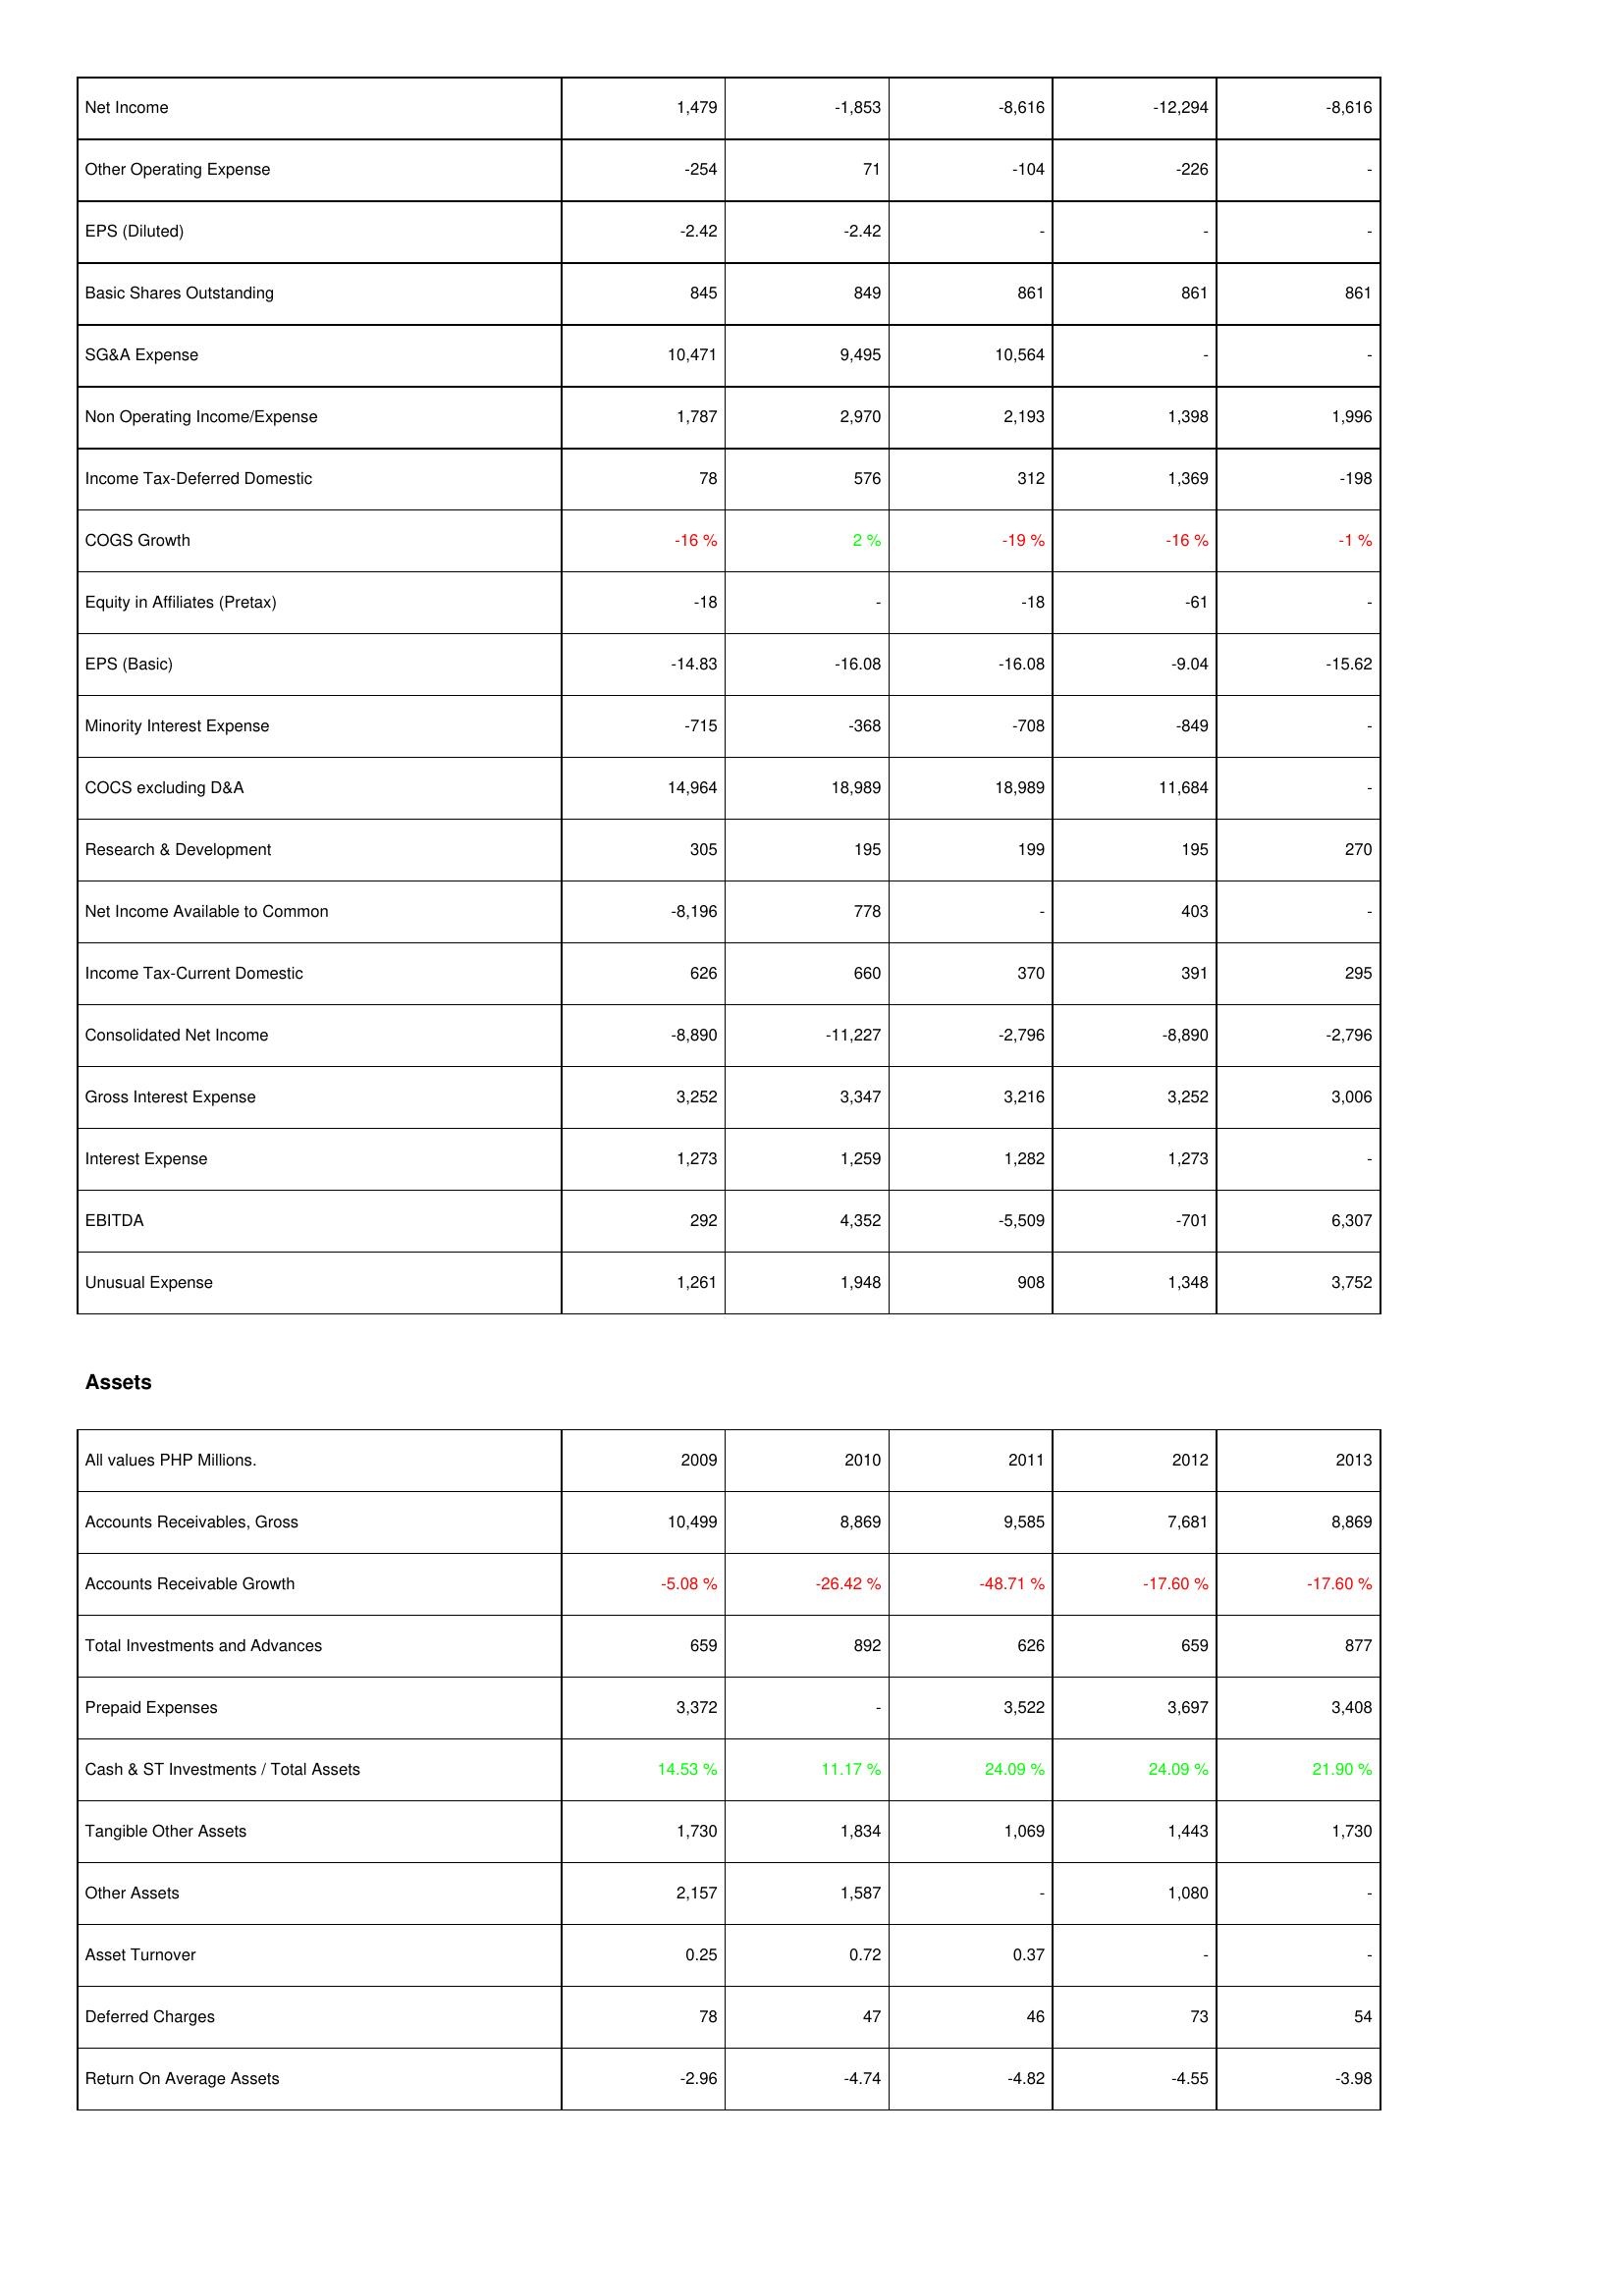
2009: Income Statement: Net Income: 1,479
Other Operating Expense: -254
EPS (Diluted): -2.42
Basic Shares Outstanding: 845
SG&A Expense: 10,471
Non Operating Income/Expense: 1,787
Income Tax-Deferred Domestic: 78
COGS Growth: -16 %
Equity in Affiliates (Pretax): -18
EPS (Basic): -14.83
Minority Interest Expense: -715
COCS excluding D&A: 14,964
Research & Development: 305
Net Income Available to Common: -8,196
Income Tax-Current Domestic: 626
Consolidated Net Income: -8,890
Gross Interest Expense: 3,252
Interest Expense: 1,273
EBITDA: 292
Unusual Expense: 1,261
Assets: Accounts Receivables, Gross: 10,499
Accounts Receivable Growth: -5.08 %
Total Investments and Advances: 659
Prepaid Expenses: 3,372
Cash & ST Investments / Total Assets: 14.53 %
Tangible Other Assets: 1,730
Other Assets: 2,157
Asset Turnover: 0.25
Deferred Charges: 78
Return On Average Assets: -2.96
2010: Income Statement: Net Income: -1,853
Other Operating Expense: 71
EPS (Diluted): -2.42
Basic Shares Outstanding: 849
SG&A Expense: 9,495
Non Operating Income/Expense: 2,970
Income Tax-Deferred Domestic: 576
COGS Growth: 2 %
Equity in Affiliates (Pretax): -
EPS (Basic): -16.08
Minority Interest Expense: -368
COCS excluding D&A: 18,989
Research & Development: 195
Net Income Available to Common: 778
Income Tax-Current Domestic: 660
Consolidated Net Income: -11,227
Gross Interest Expense: 3,347
Interest Expense: 1,259
EBITDA: 4,352
Unusual Expense: 1,948
Assets: Accounts Receivables, Gross: 8,869
Accounts Receivable Growth: -26.42 %
Total Investments and Advances: 892
Prepaid Expenses: -
Cash & ST Investments / Total Assets: 11.17 %
Tangible Other Assets: 1,834
Other Assets: 1,587
Asset Turnover: 0.72
Deferred Charges: 47
Return On Average Assets: -4.74
2011: Income Statement: Net Income: -8,616
Other Operating Expense: -104
EPS (Diluted): -
Basic Shares Outstanding: 861
SG&A Expense: 10,564
Non Operating Income/Expense: 2,193
Income Tax-Deferred Domestic: 312
COGS Growth: -19 %
Equity in Affiliates (Pretax): -18
EPS (Basic): -16.08
Minority Interest Expense: -708
COCS excluding D&A: 18,989
Research & Development: 199
Net Income Available to Common: -
Income Tax-Current Domestic: 370
Consolidated Net Income: -2,796
Gross Interest Expense: 3,216
Interest Expense: 1,282
EBITDA: -5,509
Unusual Expense: 908
Assets: Accounts Receivables, Gross: 9,585
Accounts Receivable Growth: -48.71 %
Total Investments and Advances: 626
Prepaid Expenses: 3,522
Cash & ST Investments / Total Assets: 24.09 %
Tangible Other Assets: 1,069
Other Assets: -
Asset Turnover: 0.37
Deferred Charges: 46
Return On Average Assets: -4.82
2012: Income Statement: Net Income: -12,294
Other Operating Expense: -226
EPS (Diluted): -
Basic Shares Outstanding: 861
SG&A Expense: -
Non Operating Income/Expense: 1,398
Income Tax-Deferred Domestic: 1,369
COGS Growth: -16 %
Equity in Affiliates (Pretax): -61
EPS (Basic): -9.04
Minority Interest Expense: -849
COCS excluding D&A: 11,684
Research & Development: 195
Net Income Available to Common: 403
Income Tax-Current Domestic: 391
Consolidated Net Income: -8,890
Gross Interest Expense: 3,252
Interest Expense: 1,273
EBITDA: -701
Unusual Expense: 1,348
Assets: Accounts Receivables, Gross: 7,681
Accounts Receivable Growth: -17.60 %
Total Investments and Advances: 659
Prepaid Expenses: 3,697
Cash & ST Investments / Total Assets: 24.09 %
Tangible Other Assets: 1,443
Other Assets: 1,080
Asset Turnover: -
Deferred Charges: 73
Return On Average Assets: -4.55
2013: Income Statement: Net Income: -8,616
Other Operating Expense: -
EPS (Diluted): -
Basic Shares Outstanding: 861
SG&A Expense: -
Non Operating Income/Expense: 1,996
Income Tax-Deferred Domestic: -198
COGS Growth: -1 %
Equity in Affiliates (Pretax): -
EPS (Basic): -15.62
Minority Interest Expense: -
COCS excluding D&A: -
Research & Development: 270
Net Income Available to Common: -
Income Tax-Current Domestic: 295
Consolidated Net Income: -2,796
Gross Interest Expense: 3,006
Interest Expense: -
EBITDA: 6,307
Unusual Expense: 3,752
Assets: Accounts Receivables, Gross: 8,869
Accounts Receivable Growth: -17.60 %
Total Investments and Advances: 877
Prepaid Expenses: 3,408
Cash & ST Investments / Total Assets: 21.90 %
Tangible Other Assets: 1,730
Other Assets: -
Asset Turnover: -
Deferred Charges: 54
Return On Average Assets: -3.98